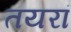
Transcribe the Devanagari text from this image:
तयरां